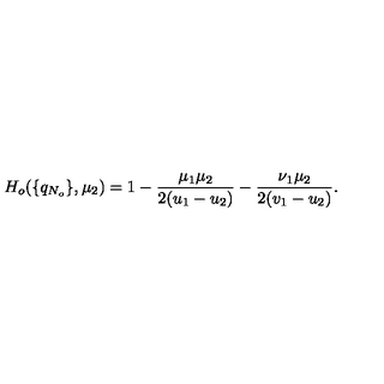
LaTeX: H _ { o } ( \{ q _ { N _ { o } } \} , \mu _ { 2 } ) = 1 - \frac { \mu _ { 1 } \mu _ { 2 } } { 2 ( u _ { 1 } - u _ { 2 } ) } - \frac { \nu _ { 1 } \mu _ { 2 } } { 2 ( v _ { 1 } - u _ { 2 } ) } .